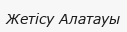
Жетісу Алатауы